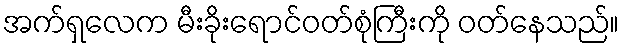
အက်ရှလေက မီးခိုးရောင်ဝတ်စုံကြီးကို ဝတ်နေသည်။